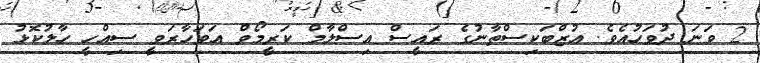
2 ވަނަ ދުވަހުއެވެ. އުޒްބަކިސްތާނުގެ ރައީސް އިސްލާމް ކަރީމޯވް އަވަހާރަވީ ސިއްހީ ހާލުކޮޅު